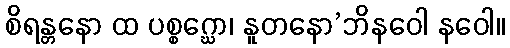
စိရန္တနော ထ ပစ္စဂ္ဃော၊ နူတနော’ဘိနဝေါ နဝေါ။